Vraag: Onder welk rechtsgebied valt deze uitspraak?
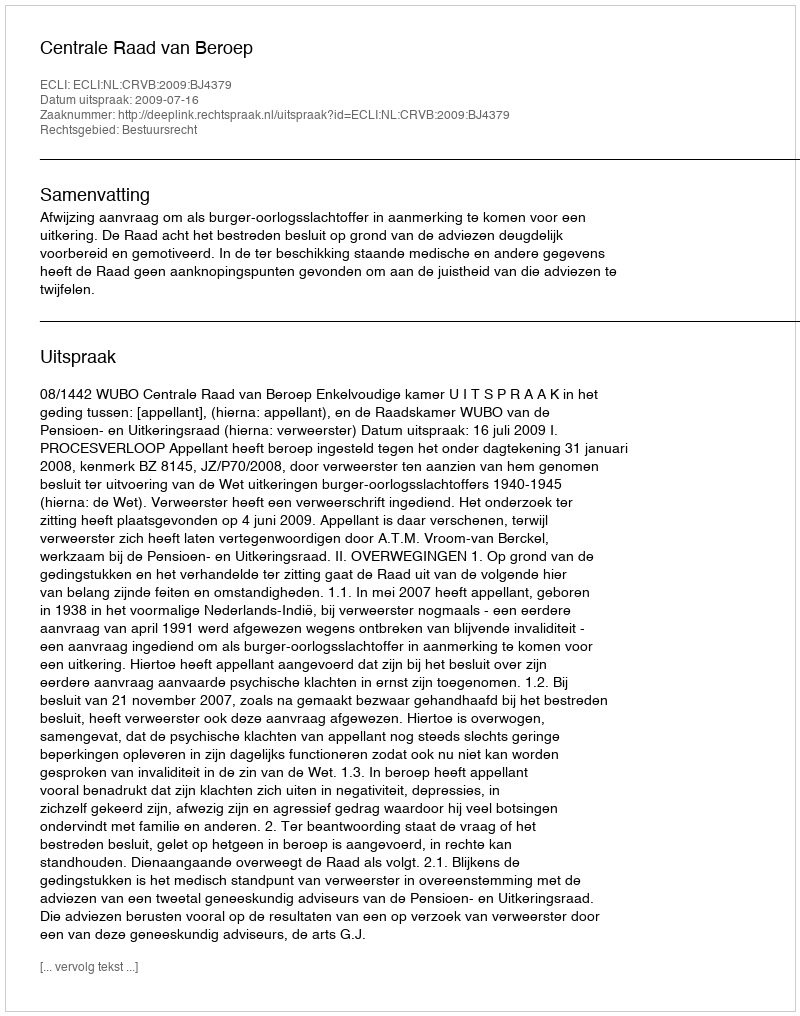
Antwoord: Bestuursrecht